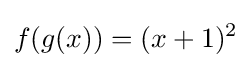
f(g(x))=(x+1)^{2}